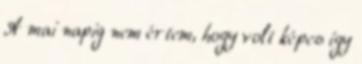
A mai napig nem értem, hogy volt képes így